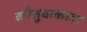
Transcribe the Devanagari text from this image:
कौतुककला